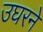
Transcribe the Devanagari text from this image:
उघरने